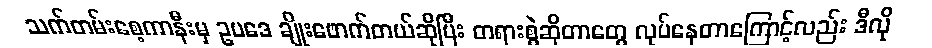
သက်တမ်းစေ့ကာနီးမှ ဥပဒေ ချိုးဖောက်တယ်ဆိုပြီး တရားစွဲဆိုတာတွေ လုပ်နေတာကြောင့်လည်း ဒီလို